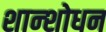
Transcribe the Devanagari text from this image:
शान्शोधन